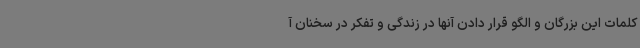
کلمات این بزرگان و الگو قرار دادن آنها در زندگی و تفکر در سخنان آ